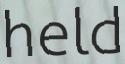
held